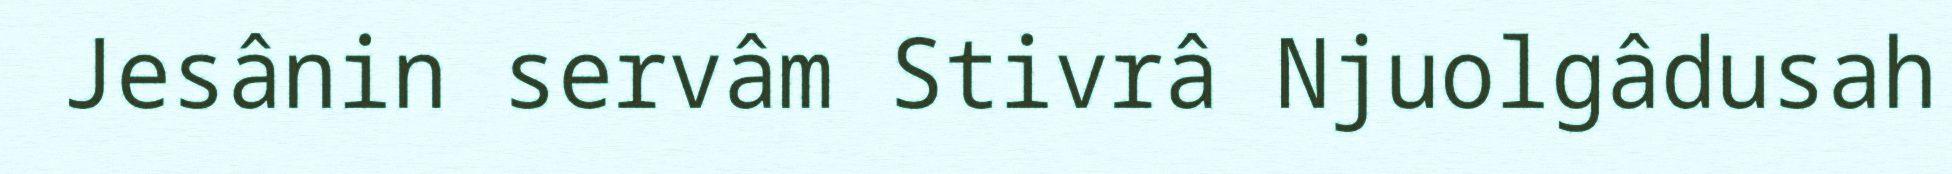
Jesânin servâm Stivrâ Njuolgâdusah